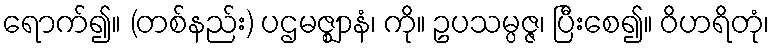
ရောက်၍။ (တစ်နည်း) ပဌမဇ္ဈာနံ၊ ကို။ ဥပသမ္ပဇ္ဇ၊ ပြီးစေ၍။ ဝိဟရိတုံ၊